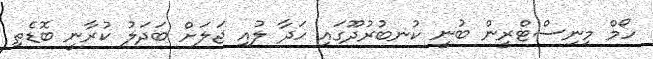
ހޯމް މިނިސްޓްރީން ބުނީ ކުނބުރުދޫގައި ހަދާ ލުއި ޖަލަށް ބަދަލު ކުރާނީ ބޮޑެތި